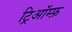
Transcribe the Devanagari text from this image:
ट्रिऑम्फ़